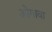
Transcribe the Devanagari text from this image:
ओगावा